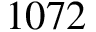
1 0 7 2